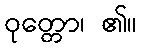
ဝုတ္တော၊ ၏။